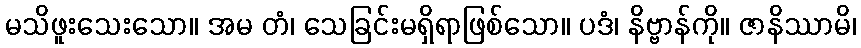
မသိဖူးသေးသော။ အမ တံ၊ သေခြင်းမရှိရာဖြစ်သော။ ပဒံ၊ နိဗ္ဗာန်ကို။ ဇာနိဿာမိ၊